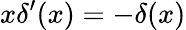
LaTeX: x\delta^{\prime}(x)=-\delta(x)